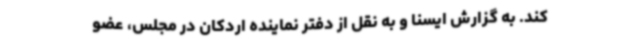
کند. به گزارش ایسنا و به نقل از دفتر نماینده اردکان در مجلس، عضو